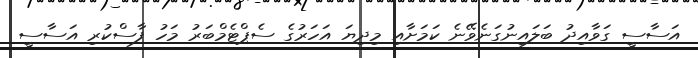
އަސާސީ ގަވާއިދު ބަލައިނުގަނެވޭނެ ކަމަށާއި މިދިޔަ އަހަރުގެ ސެޕްޓެމްބަރު މަހު ފާސްކުރި އަސާސީ